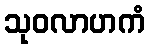
သုဝလာဟကံ